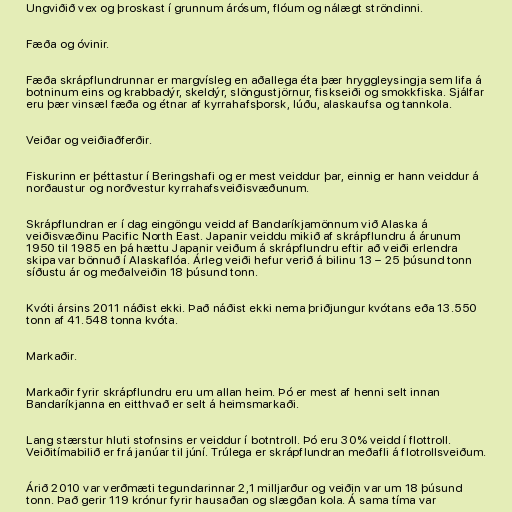
Ungviðið vex og þroskast í grunnum árósum, flóum og nálægt ströndinni.

Fæða og óvinir.

Fæða skrápflundrunnar er margvísleg en aðallega éta þær hryggleysingja sem lifa á
botninum eins og krabbadýr, skeldýr, slöngustjörnur, fiskseiði og smokkfiska. Sjálfar
eru þær vinsæl fæða og étnar af kyrrahafsþorsk, lúðu, alaskaufsa og tannkola.

Veiðar og veiðiaðferðir.

Fiskurinn er þéttastur í Beringshafi og er mest veiddur þar, einnig er hann veiddur á
norðaustur og norðvestur kyrrahafsveiðisvæðunum.

Skrápflundran er í dag eingöngu veidd af Bandaríkjamönnum við Alaska á
veiðisvæðinu Pacific North East. Japanir veiddu mikið af skrápflundru á árunum
1950 til 1985 en þá hættu Japanir veiðum á skrápflundru eftir að veiði erlendra
skipa var bönnuð í Alaskaflóa. Árleg veiði hefur verið á bilinu 13 – 25 þúsund tonn
síðustu ár og meðalveiðin 18 þúsund tonn.

Kvóti ársins 2011 náðist ekki. Það náðist ekki nema þriðjungur kvótans eða 13.550
tonn af 41.548 tonna kvóta.

Markaðir.

Markaðir fyrir skrápflundru eru um allan heim. Þó er mest af henni selt innan
Bandaríkjanna en eitthvað er selt á heimsmarkaði.

Lang stærstur hluti stofnsins er veiddur í botntroll. Þó eru 30% veidd í flottroll.
Veiðitímabilið er frá janúar til júní. Trúlega er skrápflundran meðafli á flotrollsveiðum.

Árið 2010 var verðmæti tegundarinnar 2,1 milljarður og veiðin var um 18 þúsund
tonn. Það gerir 119 krónur fyrir hausaðan og slægðan kola. Á sama tíma var